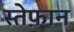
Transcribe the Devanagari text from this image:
स्तेफ़ान